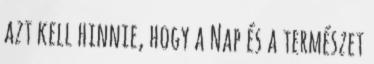
azt kell hinnie, hogy a Nap és a természet